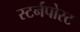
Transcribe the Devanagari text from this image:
स्टर्नपोस्ट